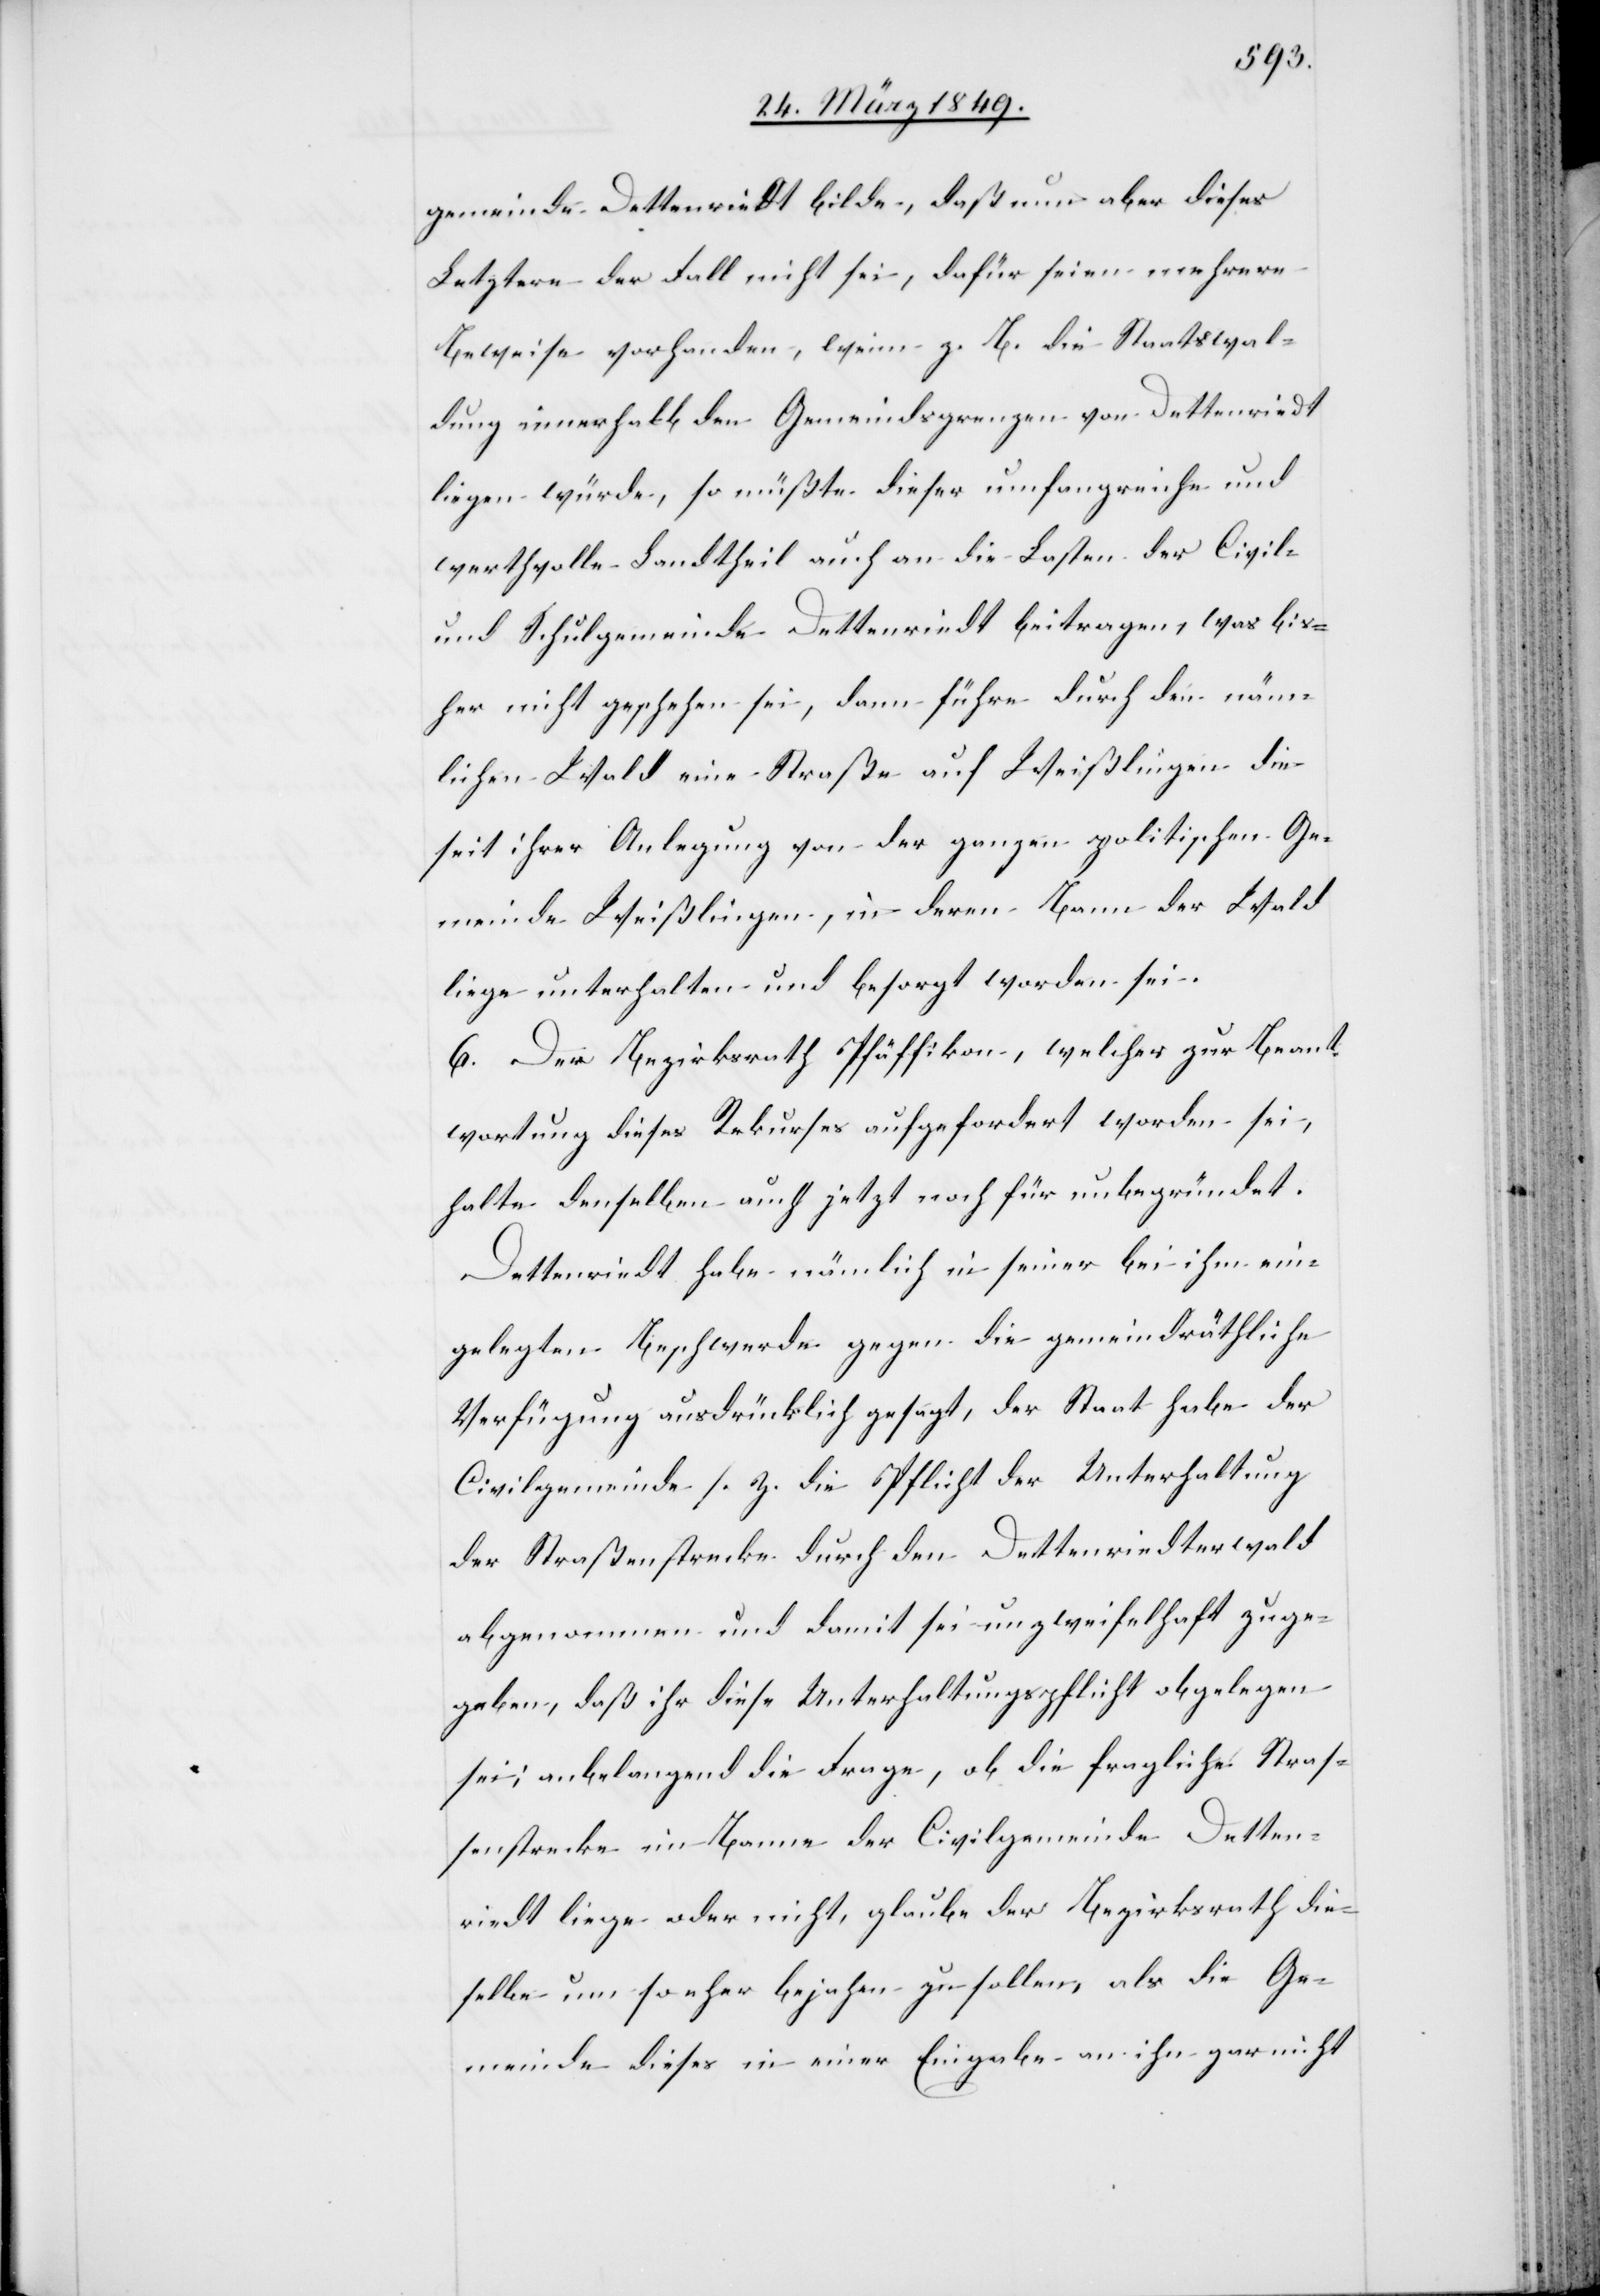
gemeinde Dettenriedt bilde, daß nun aber dieses
Letztere der Fall nicht sei, dafür seien mehrere
Beweise vorhanden, wenn z. B. die Staatswal¬
dung innerhalb den Gemeindsgrenzen von Dettenriedt
liegen würde, so müßte dieser umfangreiche und
werthvolle Landtheil auch an die Lasten der Civil-
und Schulgemeinde Dettenriedt beitragen, was bis¬
her nicht geschehen sei, dann führe durch den näm¬
lichen Wald eine Straße auf Weißlingen die
seit ihrer Anlegung von der ganzen politischen Ge¬
meinde Weißlingen, in deren Bann der Wald
liege unterhalten und besorgt worden sei.
6. Der Bezirksrath Pfäffikon, welcher zur Beant¬
wortung dieses Rekurses aufgefordert worden sei,
halte denselben auch jetzt noch für unbegründet.
Dettenriedt habe nämlich in seiner bei ihm ein¬
gelegten Beschwerde gegen die gemeindräthliche
Verfügung ausdrücklich gesagt, der Staat habe der
Civilgemeinde s. Z. die Pflicht der Unterhaltung
der Straßenstrecke durch den Dettenriedterwald
abgenommen und damit sei unzweifelhaft zuge¬
geben, daß ihr diese Unterhaltungspflicht obgelegen
sei; anbelangend die Frage, ob die fragliche Straß¬
enstrecke im Banne der Civilgemeinde Detten¬
riedt liege oder nicht, glaube der Bezirksrath die¬
selbe um so eher bejahen zu sollen, als die Ge¬
meinde dieses in einer Eingabe an ihn gar nicht